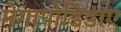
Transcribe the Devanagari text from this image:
मेगापोडिडाए